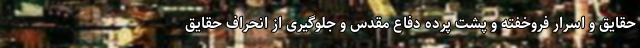
حقایق و اسرار فروخفته و پشت پرده دفاع مقدس و جلوگیری از انحراف حقایق